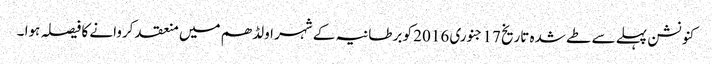
کنونشن پہلے سے طے شدہ تاریخ 17 جنوری 2016 کو برطانیہ کے شہر اولڈھم میں منعقد کروانے کا فیصلہ ہوا ۔